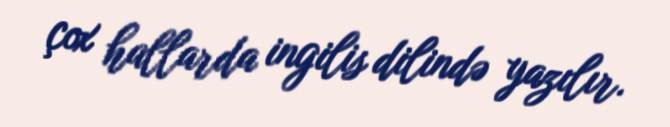
çox hallarda ingilis dilində yazılır.